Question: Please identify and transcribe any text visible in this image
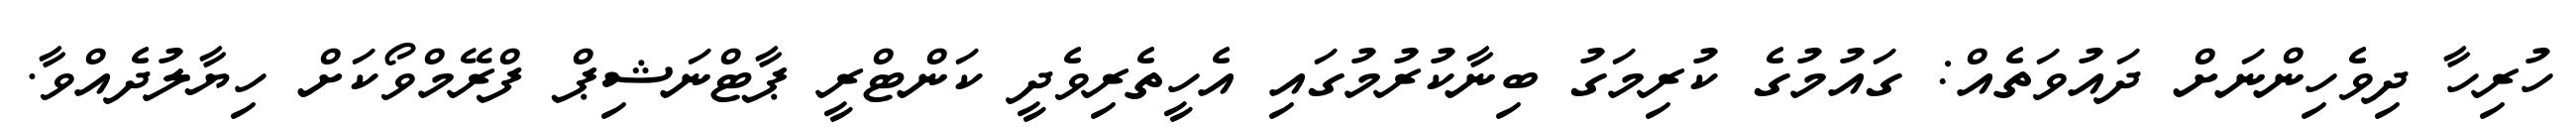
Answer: ހުރިހާ ދިވެހިންނަށް ދައުވަތެއް: ގައުމުގެ ކުރިމަގު ބިނާކުރުމުގައި އެހީތެރިވެދީ ކަންޓްރީ ޕާޓްނަޝިޕް ފްރޭމްވޯކަށް ހިޔާލުދެއްވާ.